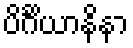
ပိင်္ဂိယာနိနာ